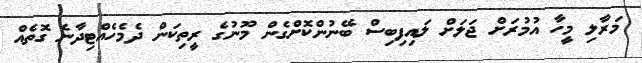
މަރާލި މީހާ އުމުރަށް ޖަލަށް ލައިފިބިސް ބޭނުންކޮށްގެން މޫނުގެ ރީތިކަން ދެމެހެއްޓިދާނެ ގޮތެއް